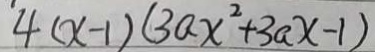
4 ( x - 1 ) ( 3 a x ^ { 2 } + 3 a x - 1 )